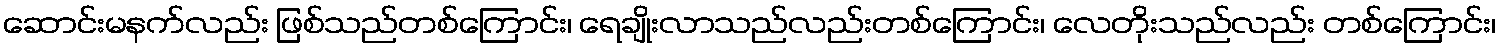
ဆောင်းမနက်လည်း ဖြစ်သည်တစ်ကြောင်း၊ ရေချိုးလာသည်လည်းတစ်ကြောင်း၊ လေတိုးသည်လည်း တစ်ကြောင်း၊